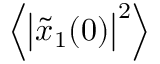
\Big \langle \big | \tilde { x } _ { 1 } ( 0 ) \big | ^ { 2 } \Big \rangle